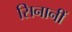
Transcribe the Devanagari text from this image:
सिनानीं